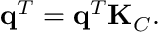
\mathbf { q } ^ { T } = \mathbf { q } ^ { T } \mathbf { K } _ { C } .